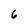
Character: 6